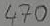
Text: 470Ω